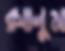
রসালুম